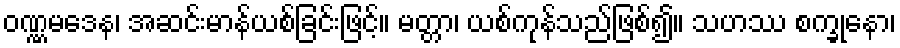
ဝဏ္ဏမဒေန၊ အဆင်းမာန်ယစ်ခြင်းဖြင့်။ မတ္တာ၊ ယစ်ကုန်သည်ဖြစ်၍။ သဟဿ စက္ခုနော၊